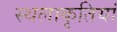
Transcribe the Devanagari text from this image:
स्थलाकृतियां